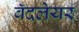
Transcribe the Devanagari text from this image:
बॅदलेयर